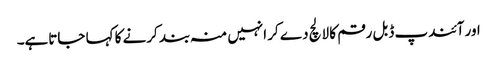
اور آئندپ ڈبل رقم کا لالچ دے کر انہیں منہ بند کرنے کا کہا جاتاہے۔